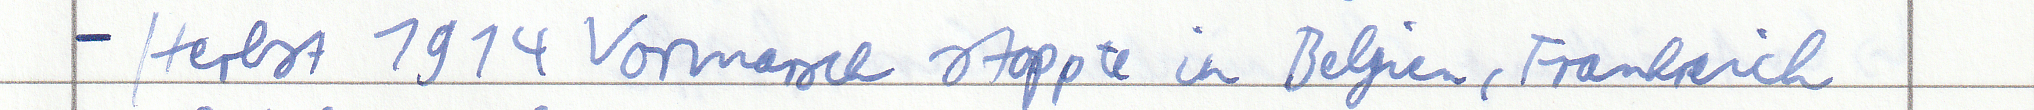
- Herbst 1914 Vormarsch stoppte in Belgien, Frankreich